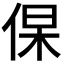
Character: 𬾛